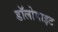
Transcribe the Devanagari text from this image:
डॉलोमाइट